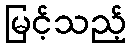
မြင့်သည့်